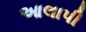
આલાપી